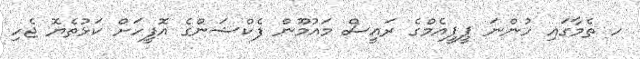
ހ ތެމާގައި ހުންނަ ޕީޕީއެމްގެ ރައީސް މައުމޫން ފެކްޝަންގެ އޮފީހަށް ކަޅުތެޔޮ ޖެހި